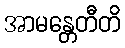
အာမန္တေတီတိ